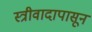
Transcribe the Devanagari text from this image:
स्त्रीवादापासून